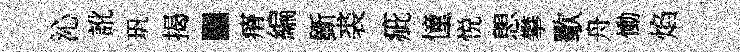
沁訛㺬揭·瘠編斵裘疵憧悦愳攀歜舟慟焰